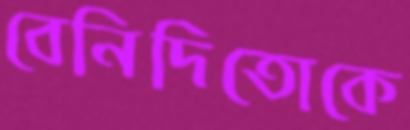
বেনিদিতোকে